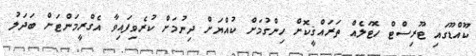
ކޫއްޑޫގައި ޓޫރިސްޓް ހޮޓަލެއް ތަރައްޤީކޮށް ހިންގުމަށް ކުއްޔަށް ދިނުމަށް ކުރެވިފައިވާ އެގްރީމަންޓަށް ބަދަލު